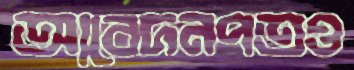
আবেদনপত্রও